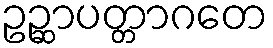
ဥဉ္ဆာပတ္တာဂတေ